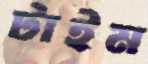
টাইম